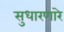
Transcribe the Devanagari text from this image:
सुधारणारे